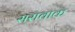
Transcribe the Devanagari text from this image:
सरावाक